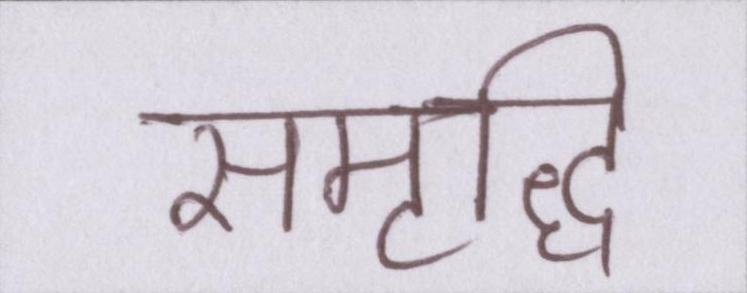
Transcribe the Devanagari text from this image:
समृद्धि